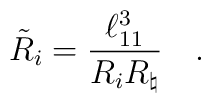
{\tilde{R}}_i = {\frac{\ell_{11}^3}{R_iR_\natural}} \quad .